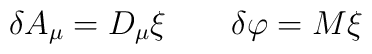
\delta A_\mu = D_\mu \xi \qquad \delta \varphi = M \xi